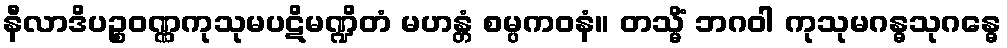
နီလာဒိပဉ္စဝဏ္ဏကုသုမပဋိမဏ္ဍိတံ မဟန္တံ စမ္ပကဝနံ။ တသ္မိံ ဘဂဝါ ကုသုမဂန္ဓသုဂန္ဓေ